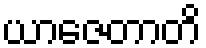
ယာဇေတာတိ